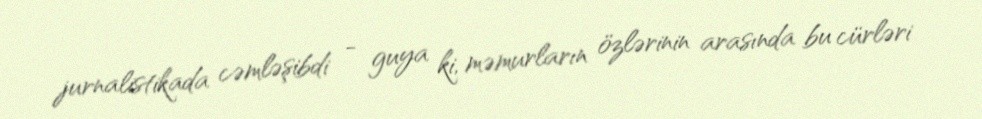
jurnalistikada cəmləşibdi - guya ki, məmurların özlərinin arasında bu cürləri